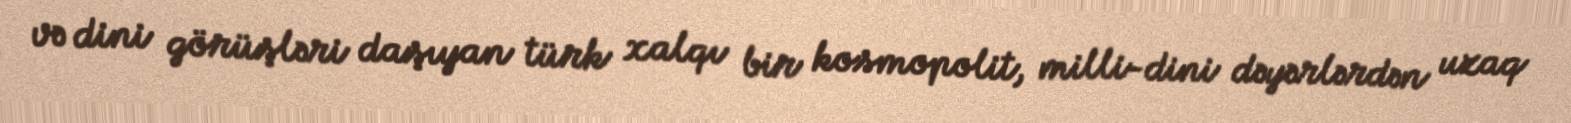
və dini görüşləri daşıyan türk xalqı bir kosmopolit, milli-dini dəyərlərdən uzaq